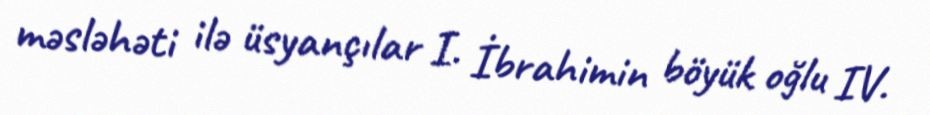
məsləhəti ilə üsyançılar I. İbrahimin böyük oğlu IV.